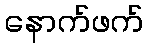
နောက်ဖက်